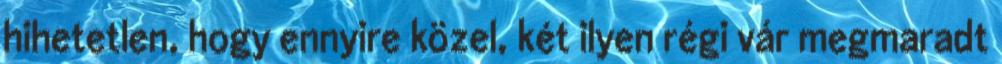
hihetetlen, hogy ennyire közel, két ilyen régi vár megmaradt